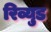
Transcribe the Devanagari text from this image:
रिव्युड